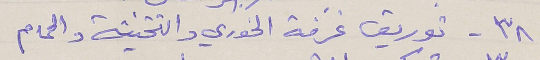
٣٨ - توريق غرفة الخوري والتتخيتة والحمام